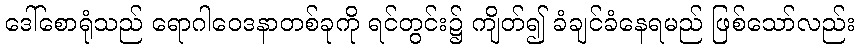
ဒေါ်စောရုံသည် ရောဂါဝေဒနာတစ်ခုကို ရင်တွင်း၌ ကျိတ်၍ ခံချင်ခံနေရမည် ဖြစ်သော်လည်း